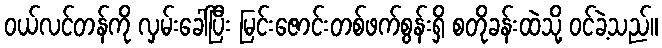
ဝယ်လင်တန်ကို လှမ်းခေါ်ပြီး မြင်းဇောင်းတစ်ဖက်စွန်းရှိ စတိုခန်းထဲသို့ ဝင်ခဲ့သည်။